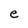
Character: e